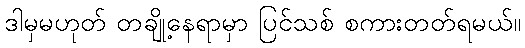
ဒါမှမဟုတ် တချို့နေရာမှာ ပြင်သစ် စကားတတ်ရမယ်။